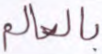
بالعالم